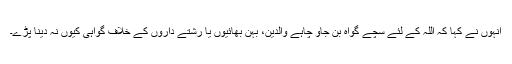
انہوں نے کہا کہ اللہ کے لئے سچے گواہ بن جاؤ چاہے والدین، بہن بھائیوں یا رشتے داروں کے خلاف گواہی کیوں نہ دینا پڑے۔